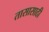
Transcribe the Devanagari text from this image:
तासासाठी